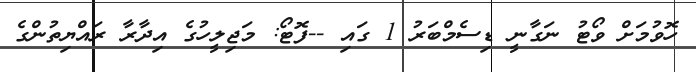
ހޮވުމަށް ވޯޓު ނަގާނީ ޑިސެމްބަރު 1 ގައި --ފޮޓޯ: މަޖިލީހުގެ އިދާރާ ރައްޔިތުންގެ